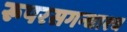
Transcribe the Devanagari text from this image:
रूपरसगन्धाश्च